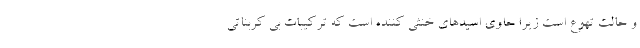
و حالت تهوع است زیرا حاوی اسیدهای خنثی کننده است که ترکیبات بی کربناتی